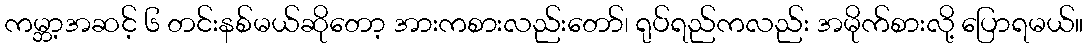
ကမ္ဘာ့အဆင့် ၆ တင်းနစ်မယ်ဆိုတော့ အားကစားလည်းတော်၊ ရုပ်ရည်ကလည်း အမိုက်စားလို့ ပြောရမယ်။